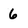
Character: 6